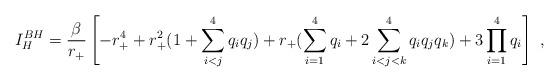
LaTeX: \begin{align*}I_H^{BH}={\beta\over{r_+}}\left[-r_+^4 +r_+^2(1+\sum_{i<j}^4q_iq_j) +r_+(\sum_{i=1}^4q_i+2\sum_{i<j<k}^4q_iq_jq_k)+3\prod_{i=1}^4q_i\right]\ , \end{align*}